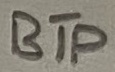
Text: BTP